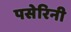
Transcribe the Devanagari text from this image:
पसेरिनी